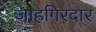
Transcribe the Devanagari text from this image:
जाहगिरदार